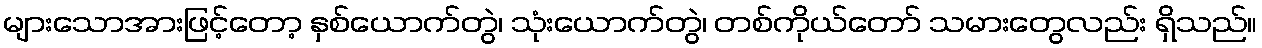
များသောအားဖြင့်တော့ နှစ်ယောက်တွဲ၊ သုံးယောက်တွဲ၊ တစ်ကိုယ်တော် သမားတွေလည်း ရှိသည်။